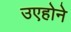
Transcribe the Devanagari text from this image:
उएहोने